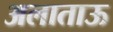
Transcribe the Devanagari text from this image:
अलाताऊ